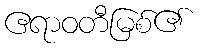
ဧရာဝတီမြစ်၏